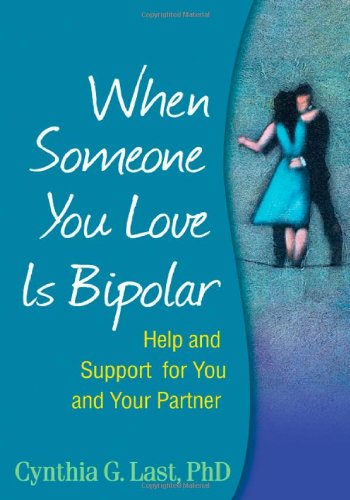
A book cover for When Someone You Love Is Bipolar: Help and Support for You and Your Partner; Cynthia G. Last; Health, Fitness & Dieting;